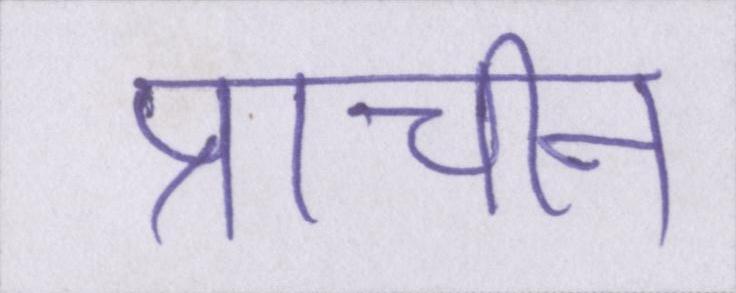
प्राचीन